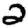
Digit: 2